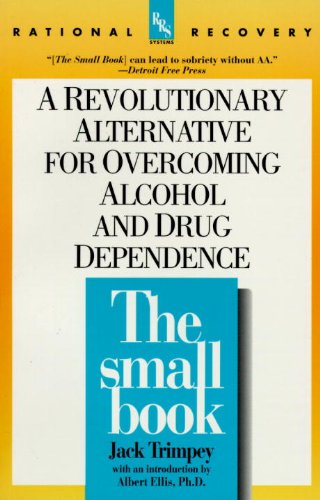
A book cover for The Small Book (Rational Recovery Systems); Jack Trimpey; Health, Fitness & Dieting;